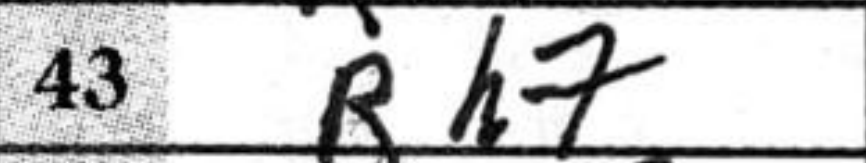
Transcription: Rh7